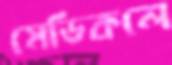
মেডিকলে